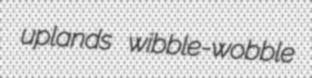
uplands wibble-wobble